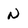
Character: N